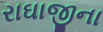
રાઘાજીના